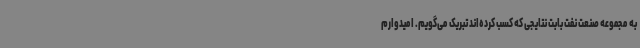
به مجموعه صنعت نفت بابت نتایجی که کسب کرده‌اند تبریک می‌گویم. امیدوارم